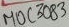
Text: MOC3083